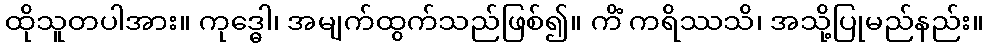
ထိုသူတပါအား။ ကုဒ္ဓေါ၊ အမျက်ထွက်သည်ဖြစ်၍။ ကိံ ကရိဿသိ၊ အသို့ပြုမည်နည်း။